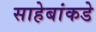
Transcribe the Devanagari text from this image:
साहेबांकडे